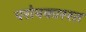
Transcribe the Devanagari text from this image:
परोपकाररत